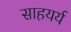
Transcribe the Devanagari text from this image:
साहयर्य